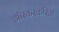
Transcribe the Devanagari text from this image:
ऑस्करकरिता